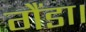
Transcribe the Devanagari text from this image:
गैंडा।